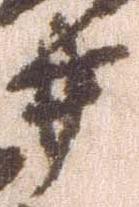
井